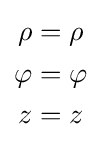
{\begin{aligned}\rho &=\rho \\\varphi &=\varphi \\z&=z\\\end{aligned}}